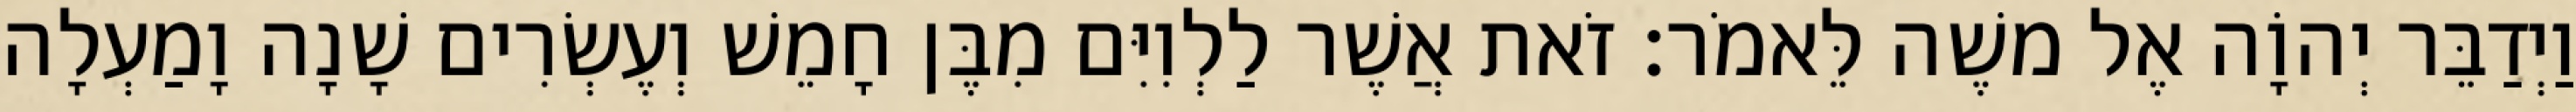
וַיְדַבֵּר יְהוָֹה אֶל משֶׁה לֵּאמֹר׃ זֹאת אֲשֶׁר לַלְוִיִּם מִבֶּן חָמֵשׁ וְעֶשְׂרִים שָׁנָה וָמַעְלָה